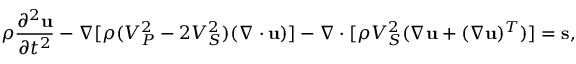
\rho \frac { \partial ^ { 2 } \mathbf { u } } { \partial { t } ^ { 2 } } - \nabla [ \rho ( { V _ { P } ^ { 2 } } - 2 { V _ { S } ^ { 2 } } ) ( \nabla \cdot \mathbf { u } ) ] - \nabla \cdot [ \rho { V _ { S } ^ { 2 } } ( \nabla \mathbf { u } + ( \nabla \mathbf { u } ) ^ { T } ) ] = \mathbf { s } ,